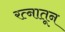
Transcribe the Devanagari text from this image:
रत्‍नातून